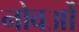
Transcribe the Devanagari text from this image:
नोवओं